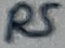
Text: R5